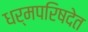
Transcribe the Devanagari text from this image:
धर्मपरिषदेत